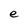
Character: e